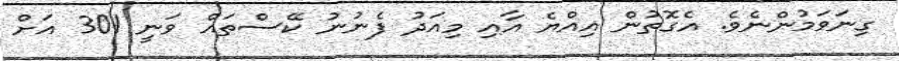
ގިނަވަމުންނެވެ. އެގޮތުން އިއްޔެ އާއި މިއަދު ފެނުނު ކޭސްތައް ވަނީ 301 އަށް